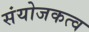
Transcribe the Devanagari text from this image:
संयोजकत्व